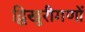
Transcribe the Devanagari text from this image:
द्विखुरीगणों